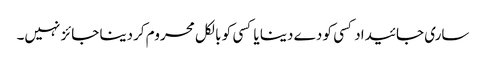
ساری جائیداد کسی کو دے دینا یا کسی کو بالکل محروم کردینا جائز نہیں۔